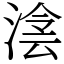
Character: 𣸮